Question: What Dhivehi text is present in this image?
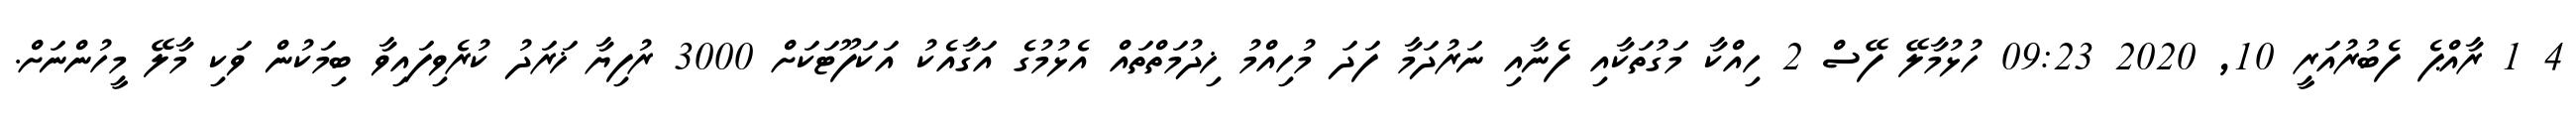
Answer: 4 1 ރާއްޕެ ފެބުރުއަރީ 10, 2020 09:23 ހުޅުމާލޭ ފޭސް 2 ހިއްކާ މަގުތަކާއި ފެނާއި ނަރުދަމާ ފަދަ މުހިއްމު ޚިދުމަތްތައް އެޅުމުގެ އަގާއެކު އަކަފޫޓަކަށް 3000 ރުފިޔާ ޚަރަދު ކުރެވިފައިވާ ބިމަކުން ވަކި މާލޭ މީހުންނަށް.